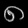
Digit: ၈